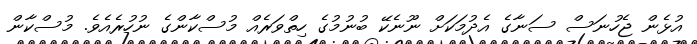
އުޅެން ޖެހުނަސް ސަނާގެ އެދުމަކަށް ނޫނެކޭ ބުނުމުގެ ހިތްވަރެއް މުސްކާންގެ ނުހުރެއެވެ. މުސްކާން